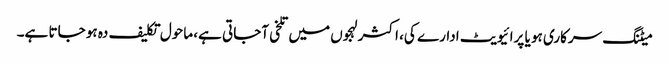
میٹنگ سرکاری ہو یا پرائیویٹ ادارے کی، اکثر لہجوں میں تلخی آجاتی ہے، ماحول تکلیف دہ ہو جاتا ہے۔